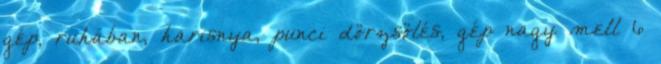
gép, ruhában, harisnya, punci dörzsölés, gép nagy mell 6